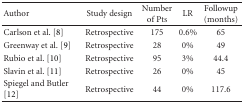
<table><thead><tr><td><b>Author</b></td><td><b>Study design</b></td><td><b>Number of Pts</b></td><td><b>LR</b></td><td><b>Followup (months)</b></td></tr></thead><tbody><tr><td>Carlson et al. [8]</td><td>Retrospective</td><td>175</td><td>0.6%</td><td>65</td></tr><tr><td>Greenway et al. [9]</td><td>Retrospective</td><td>28</td><td>0%</td><td>49</td></tr><tr><td>Rubio et al. [10]</td><td>Retrospective</td><td>95</td><td>3%</td><td>44.4</td></tr><tr><td>Slavin et al. [11]</td><td>Retrospective</td><td>26</td><td>0%</td><td>45</td></tr><tr><td>Spiegel and Butler [12]</td><td>Retrospective</td><td>44</td><td>0%</td><td>117.6</td></tr></tbody></table>